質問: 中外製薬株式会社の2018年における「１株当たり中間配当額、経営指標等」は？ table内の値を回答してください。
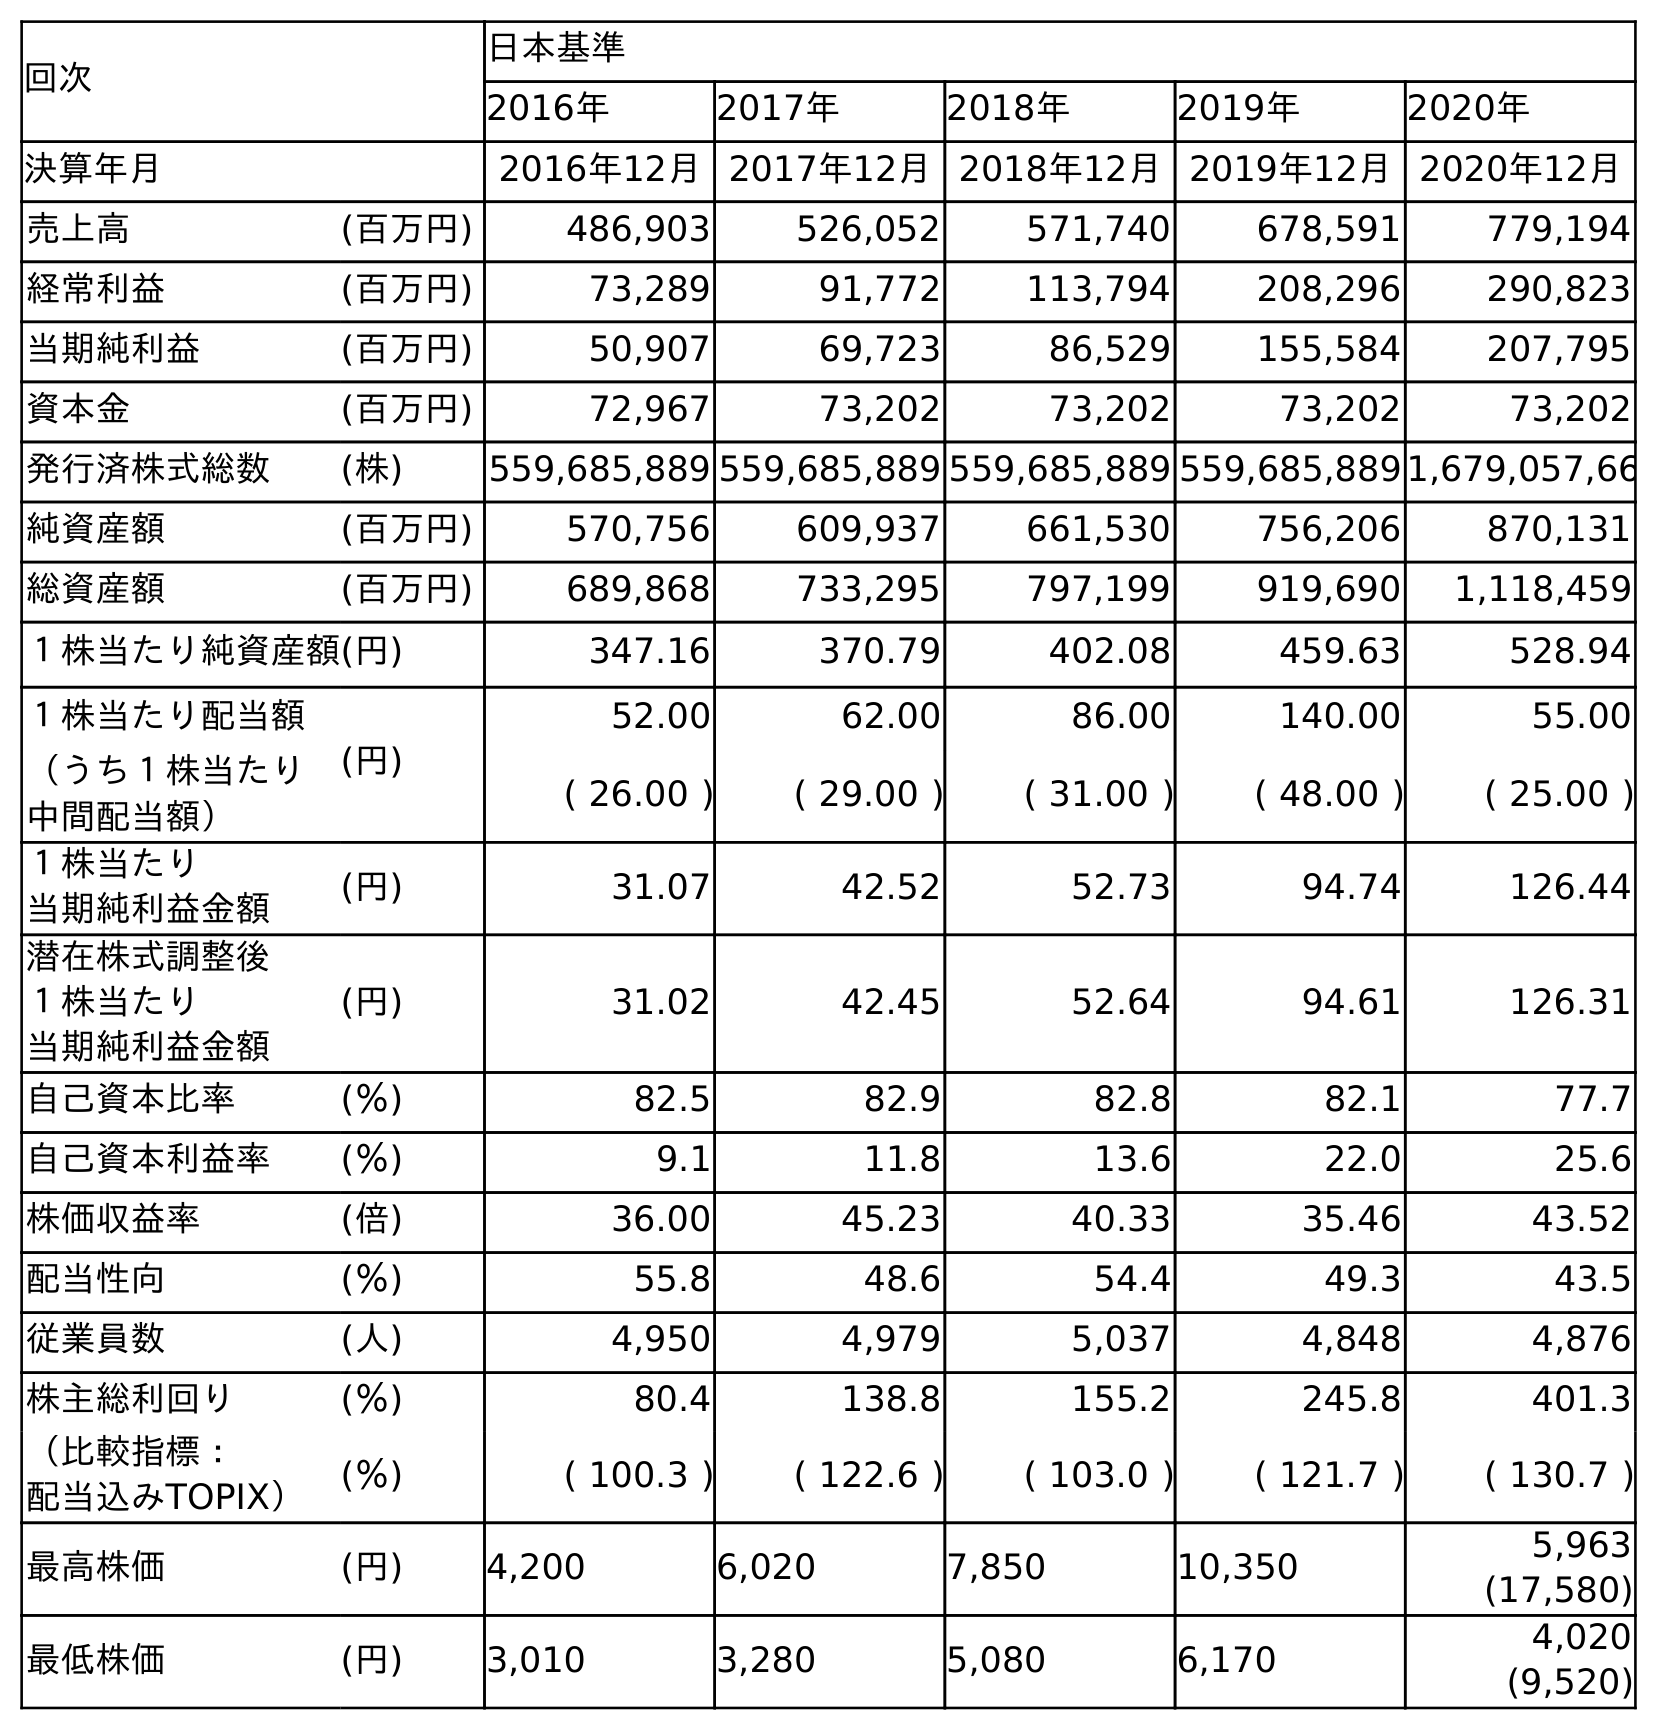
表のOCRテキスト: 回次 日本基準 2016年 2017年 2018年 2019年 2020年 決算年月 2016年12月2017年12月2018年12月2019年12月2020年12月 売上高 (百万円) 486,903 526,052 571,740 678,591 779,194 経常利益 (百万円) 73,289 91,772 113,794 208,296 290,823 当期純利益 (百万円) 50,907 69,723 86,529 155,584 207,795 資本金 (百万円) 72,967 73,202 73,202 73,202 73,202 発行済株式総数 (株) 559,685,889 559,685,889 559,685,889 559,685,8891,679,057,66 純資産額 (百万円) 570,756 609,937 661,530 756,206 870,131 総資産額 (百万円) 689,868 733,295 797,199 919,690 1,118,459 １株当たり純資産額(円) 347.16 370.79 402.08 459.63 528.94 １株当たり配当額 (円) 52.00 62.00 86.00 140.00 55.00 （うち１株当たり 中間配当額） ( 26.00 ) ( 29.00 ) ( 31.00 ) ( 48.00 ) ( 25.00 ) １株当たり 当期純利益金額 (円) 31.07 42.52 52.73 94.74 126.44 潜在株式調整後 １株当たり 当期純利益金額 (円) 31.02 42.45 52.64 94.61 126.31 自己資本比率 (％) 82.5 82.9 82.8 82.1 77.7 自己資本利益率 (％) 9.1 11.8 13.6 22.0 25.6 株価収益率 (倍) 36.00 45.23 40.33 35.46 43.52 配当性向 (％) 55.8 48.6 54.4 49.3 43.5 従業員数 (人) 4,950 4,979 5,037 4,848 4,876 株主総利回り (％) 80.4 138.8 155.2 245.8 401.3 （比較指標： 配当込みTOPIX） (％) ( 100.3 ) ( 122.6 ) ( 103.0 ) ( 121.7 ) ( 130.7 ) 最高株価 (円) 4,200 6,020 7,850 10,350 5,963 (17,580) 最低株価 (円) 3,010 3,280 5,080 6,170 4,020 (9,520)
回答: (31.00)